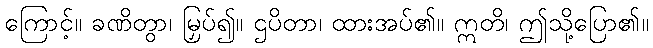
ကြောင့်။ ခဏိတွာ၊ မြှပ်၍။ ဌပိတာ၊ ထားအပ်၏။ ဣတိ၊ ဤသို့ပြော၏။